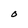
Character: O